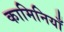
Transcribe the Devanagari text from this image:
कामिनियाँ